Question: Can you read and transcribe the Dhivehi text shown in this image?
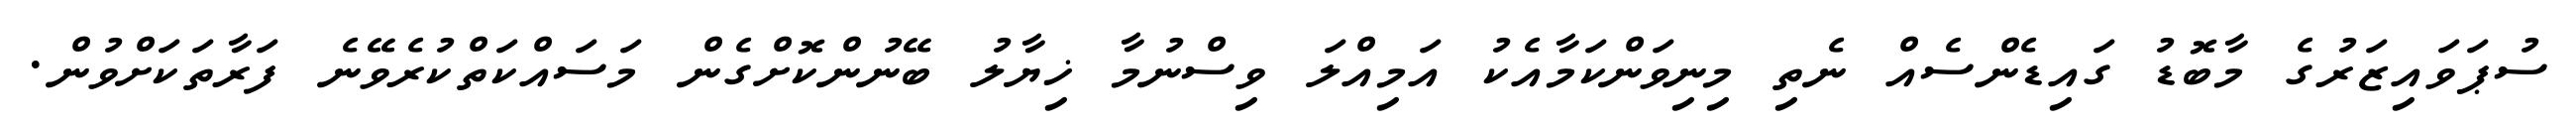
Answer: ސުޕަވައިޒަރުގެ މާބޮޑު ގައިޑެންސެއް ނެތި މިނިވަންކަމާއެކު އަމިއްލަ ވިސްނުމާ ޚިޔާލު ބޭނުންކޮށްގެން މަސައްކަތްކުރެވޭނެ ފަރާތަކަށްވުން.